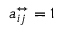
a _ { i j } ^ { \leftrightarrow } = 1